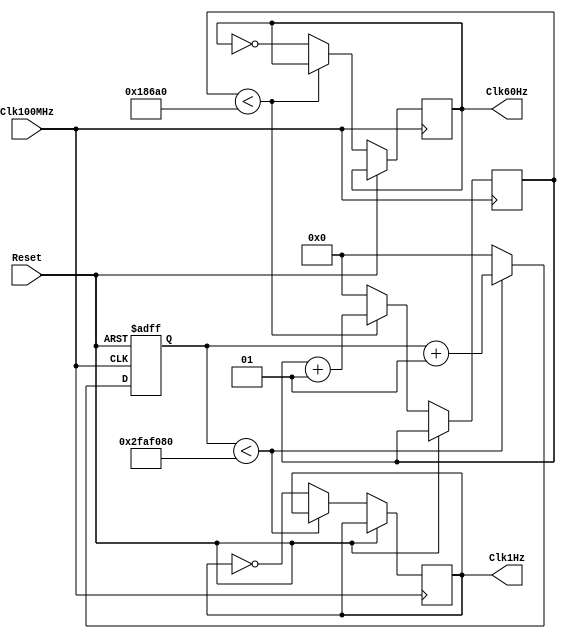
`timescale 1ns / 1ps
//////////////////////////////////////////////////////////////////////////////////
// Company: 
// Engineer: 
// 
// Design Name: 
// Module Name: freqDiv
// Project Name: 
// Target Devices: 
// Tool Versions: 
// Description: 
// 
// Dependencies: 
// 
// Revision:
// Revision 0.01 - File Created
// Additional Comments:
// 
//////////////////////////////////////////////////////////////////////////////////


module freqDiv(
                input wire Clk100MHz,
                input wire Reset,
                output reg Clk60Hz,
                output reg Clk1Hz
    );
    
    integer cuenta = 0;
    integer cuenta2 = 0;
    
    always@(posedge(Clk100MHz),posedge(Reset))
    begin
        if(Reset)
            cuenta = 0;
        else
        begin
            if(cuenta < 50000000)
                cuenta <= cuenta + 1;
            else
            begin
                cuenta = 0;
                Clk1Hz = ~Clk1Hz;
            end
            if(cuenta2 < 100000)
                cuenta2 <= cuenta2 + 1;
            else
            begin
                cuenta2 <= 0;
                Clk60Hz = ~Clk60Hz;
            end
        end
    end
    
endmodule